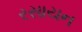
રસાયન